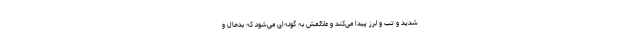
شدید و تب و لرز پیدا می‌کند و علائمش به گونه‌ای می‌شود که بدحال و